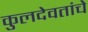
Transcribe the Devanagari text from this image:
कुलदेवतांचे